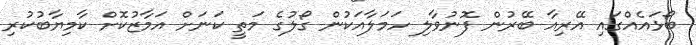
ބޯޅައެއްގައި އޭރިއާ ބޭރުން ފޮނުވާލި ހަމަލާއަކުން ގޯލުގެ މަތީ ކަނަށް އަމާޒުކޮށް ކާމިިޔާބުކުރި